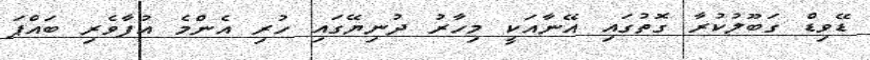
ޑޭވިޑް ގަބޫލުކުރާ ގޮތުގައި އޭނާއަކީ މިހާރު ދުނިޔޭގައި ހުރި އެންމެ އުފާވެރި ބައްޕަ